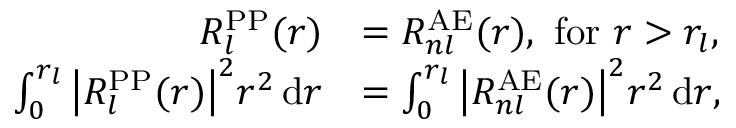
{ \begin{array} { r l } { R _ { l } ^ { \mathrm { P P } } ( r ) } & { = R _ { n l } ^ { \mathrm { A E } } ( r ) , { \mathrm { ~ f o r ~ } } r > r _ { l } , } \\ { \int _ { 0 } ^ { r _ { l } } { \big | } R _ { l } ^ { \mathrm { P P } } ( r ) { \big | } ^ { 2 } r ^ { 2 } \, \mathrm { d } r } & { = \int _ { 0 } ^ { r _ { l } } { \big | } R _ { n l } ^ { \mathrm { A E } } ( r ) { \big | } ^ { 2 } r ^ { 2 } \, \mathrm { d } r , } \end{array} }